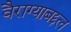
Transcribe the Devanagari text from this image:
वैराग्याबद्दल